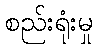
စည်းရုံးမှု